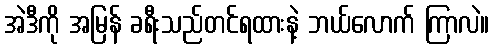
အဲဒီကို အမြန် ခရီးသည်တင်ရထားနဲ့ ဘယ်လောက် ကြာလဲ။